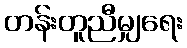
တန်းတူညီမျှရေး